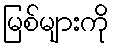
မြစ်များကို